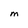
Character: M